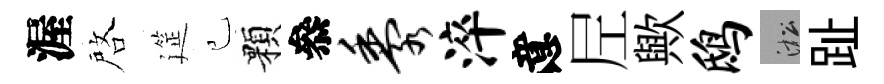
渥啓筵己顆叅黍淬意𡰱歟鸱淞趾